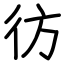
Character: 彷